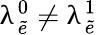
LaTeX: \uplambda_{\tilde{e}}^{0}\neq\uplambda_{\tilde{e}}^{1}